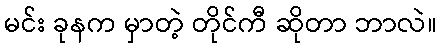
မင်း ခုနက မှာတဲ့ တိုင်ကီ ဆိုတာ ဘာလဲ။